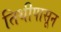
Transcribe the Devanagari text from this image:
तिथीपासून